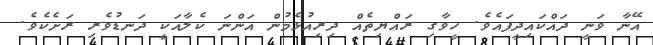
އޭނާ ވަނީ ދައްކައިދީފައެވެ. ހީވާގި ރައްޔިތެއް ދިރިއުޅެމުން އަންނަ ކެލާއަކީ ދަނޑުވެރި ރަށެކެވެ.